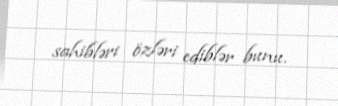
sahibləri özləri ediblər bunu.